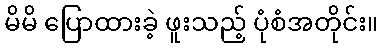
မိမိ ပြောထားခဲ့ ဖူးသည့် ပုံစံအတိုင်း။